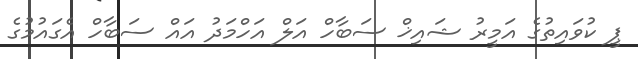
ޕީ ކުވައިތުގެ އަމީރު ޝައިޚް ސަބާހް އަލް އަހްމަދު އައް ސަބާހް އެގައުމުގެ